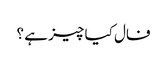
فال کیا چیز ہے ؟